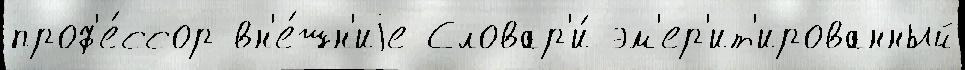
проф'е́ссор вн'е́шн'иjе Словар'и́ эм'ер'ит'ированный